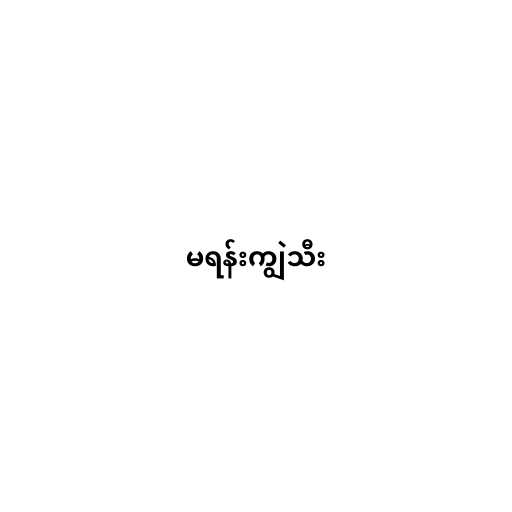
မရန်းကျွဲသီး